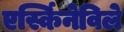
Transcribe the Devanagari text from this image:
एर्स्किनेविले